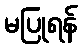
မပြုရန်